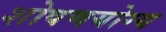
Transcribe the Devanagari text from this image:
शोषणयोग्य